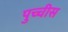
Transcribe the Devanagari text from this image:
पुच्चीस